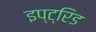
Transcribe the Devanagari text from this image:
इप्ट्रिड